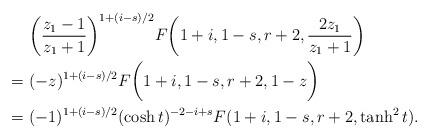
LaTeX: \begin{align*} &~\bigg(\frac{z_1-1}{z_1+1}\bigg)^{1+(i-s)/2}F\bigg(1+i, 1-s, r+2, \frac{2z_1}{z_1+1}\bigg)\\=&~(-z)^{1+(i-s)/2}F\bigg(1+i, 1-s, r+2, 1-z\bigg)\\=&~(-1)^{1+(i-s)/2} (\cosh t)^{-2-i+s}F(1+i, 1-s, r+2, \tanh^2 t).\end{align*}